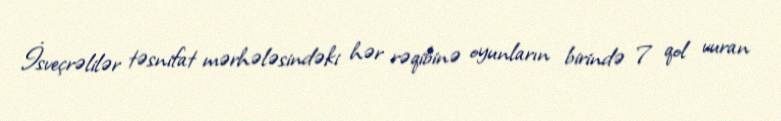
İsveçrəlilər təsnifat mərhələsindəki hər rəqibinə oyunların birində 7 qol vuran